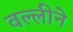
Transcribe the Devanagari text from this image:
वल्लीने